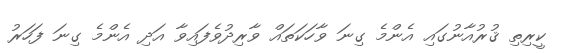
ކީރިތި ޤުރުއާނުގައި އެންމެ ގިނަ ވާހަކަތައް ވާރިދުވެފައިވާ އަދި އެންމެ ގިނަ ފަހަރު